General report no. 6 on the lunatic asylums, vaccination and dispensaries in the Bengal Presidency, 1873 -
Year: 1873
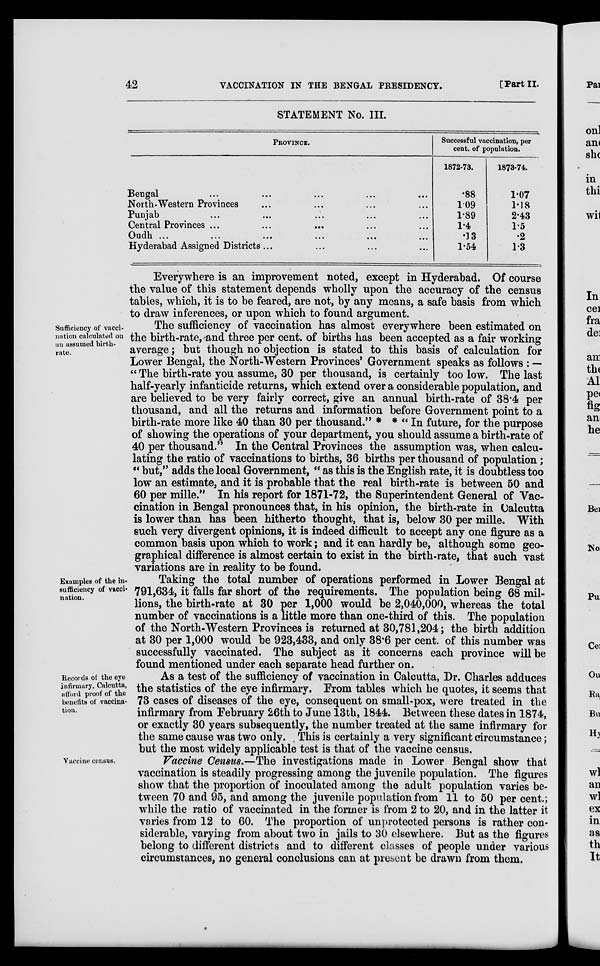
42
VACCINATION IN THE BENGAL PRESIDENCY.
[Part II.
STATEMENT No. III.
PROVINCE.
Bengal ... ... ... ... ...
North-Western Provinces ... ... ... ...
Punjab ... ... ... ... ...
Central Provinces ... ... ... ... ...
Oudh ... ... ... ... ... ...
Hyderabad Assigned Districts ... ... ... ...
Successful vaccination, per
cent. of population.
1872-73.
.88
1.09
1.89
1.4
.13
1.54
1873-74.
1.07
1.18
2.43
1.5
.2
1.3
Everywhere is an improvement noted, except in Hyderabad. Of course
the value of this statement depends wholly upon the accuracy of the census
tables, which, it is to be feared, are not, by any means, a safe basis from which
to draw inferences, or upon which to found argument.
Sufficiency of vacci-
nation calculated on
an assumed birth-
rate.
The sufficiency of vaccination has almost everywhere been estimated on
the birth-rate, and three per cent. of births has been accepted as a fair working
average; but though no objection is stated to this basis of calculation for
Lower Bengal, the North-Western Provinces' Government speaks as follows : —
" The birth-rate you assume, 30 per thousand, is certainly too low. The last
half-yearly infanticide returns, which extend over a considerable population, and
are believed to be very fairly correct, give an annual birth-rate of 38.4 per
thousand, and all the returns and information before Government point to a
birth-rate more like 40 than 30 per thousand." * * " In future, for the purpose
of showing the operations of your department, you should assume a birth-rate of
40 per thousand." In the Central Provinces the assumption was, when calcu-
lating the ratio of vaccinations to births, 36 births per thousand of population;
" but," adds the local Government, " as this is the English rate, it is doubtless too
low an estimate, and it is probable that the real birth-rate is between 50 and
60 per mille." In his report for 1871-72, the Superintendent General of Vac-
cination in Bengal pronounces that, in his opinion, the birth-rate in Calcutta
is lower than has been hitherto thought, that is, below 30 per mille. With
such very divergent opinions, it is indeed difficult to accept any one figure as a
common basis upon which to work; and it can hardly be, although some geo-
graphical difference is almost certain to exist in the birth-rate, that such vast
variations are in reality to be found.
Examples of the in-
sufficiency of vacci-
nation.
Taking the total number of operations performed in Lower Bengal at
791,634, it falls far short of the requirements. The population being 68 mil-
lions, the birth-rate at 30 per 1,000 would be 2,040,000, whereas the total
number of vaccinations is a little more than one-third of this. The population
of the North-Western Provinces is returned at 30,781,204; the birth addition
at 30 per 1,000 would be 923,433, and only 38.6 per cent. of this number was
successfully vaccinated. The subject as it concerns each province will be
found mentioned under each separate head further on.
Records of the eye
infirmary, Calcutta,
afford proof of the
benefits of vaccina-
tion.
As a test of the sufficiency of vaccination in Calcutta, Dr. Charles adduces
the statistics of the eye infirmary. From tables which he quotes, it seems that
73 cases of diseases of the eye, consequent on small-pox, were treated in the
infirmary from February 26th to June 13th, 1844. Between these dates in 1874,
or exactly 30 years subsequently, the number treated at the same infirmary for
the same cause was two only. This is certainly a very significant circumstance;
but the most widely applicable test is that of the vaccine census.
Vaccine census.
Vaccine Census.—The investigations made in Lower Bengal show that
vaccination is steadily progressing among the juvenile population. The figures
show that the proportion of inoculated among the adult population varies be-
tween 70 and 95, and among the juvenile population from 11 to 50 per cent.;
while the ratio of vaccinated in the former is from 2 to 20, and in the latter it
varies from 12 to 60. The proportion of unprotected persons is rather con-
siderable, varying from about two in jails to 30 elsewhere. But as the figures
belong to different districts and to different classes of people under various
circumstances, no general conclusions can at present be drawn from them.